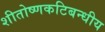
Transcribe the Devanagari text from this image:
शीतोष्णकटिबन्धीय